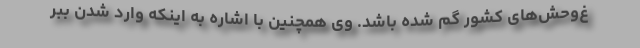
غ‌وحش‌های کشور گم شده باشد. وی همچنین با اشاره به اینکه وارد شدن ببر